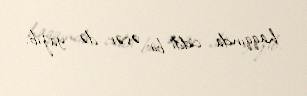
haqqında ciddi bir əsər də yazıb.